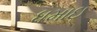
ધમાઇ